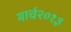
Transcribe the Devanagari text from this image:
मार्च२०१३